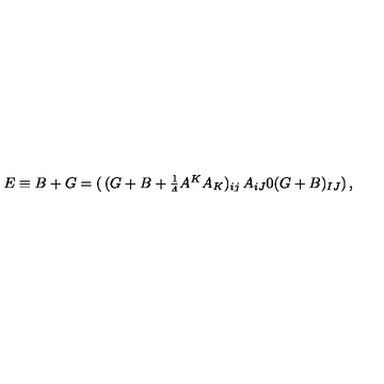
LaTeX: E \equiv B + G = \left( \begin{matrix} { ( G + B + { \frac { 1 } { 4 } } A ^ { K } A _ { K } ) _ { i j } } & { A _ { i J } } \\ { 0 } & { ( G + B ) _ { I J } } \\ \end{matrix} \right) ,